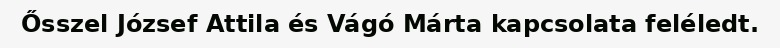
Ősszel József Attila és Vágó Márta kapcsolata feléledt.